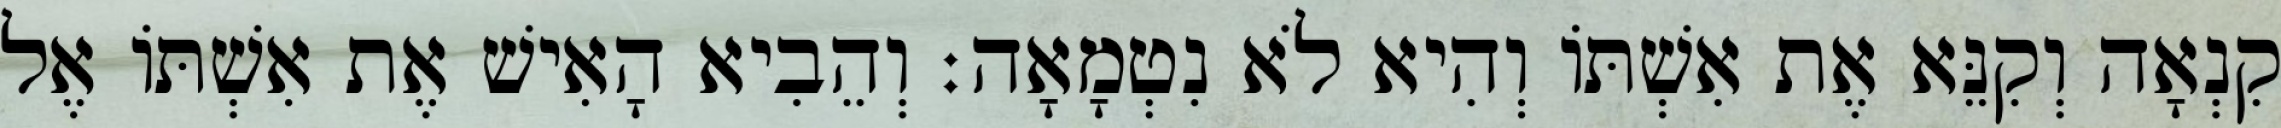
קִנְאָה וְקִנֵּא אֶת אִשְׁתּוֹ וְהִיא לֹא נִטְמָאָה׃ וְהֵבִיא הָאִישׁ אֶת אִשְׁתּוֹ אֶל